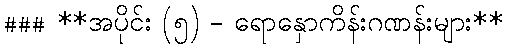
### **အပိုင်း (၅) - ရောနှောကိန်းဂဏန်းများ**